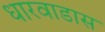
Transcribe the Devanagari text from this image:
धारवाडास